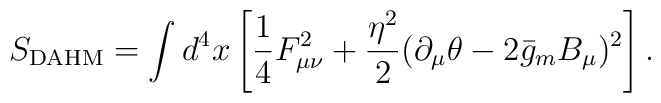
S_{\rm DAHM}=\int d^4x\left[\frac14F_{\mu\nu}^2+\frac{\eta^2}{2}(\partial_\mu\theta-2\bar g_mB_\mu)^2\right].